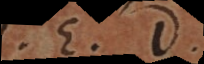
Q. E. D.